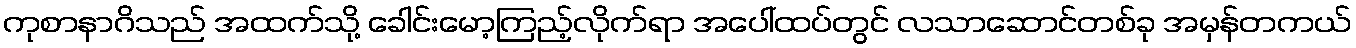
ကုစာနာဂိသည် အထက်သို့ ခေါင်းမော့ကြည့်လိုက်ရာ အပေါ်ထပ်တွင် လသာဆောင်တစ်ခု အမှန်တကယ်